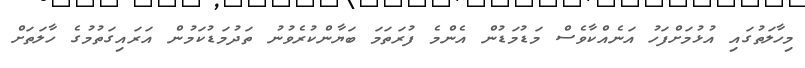
މިހާލަތުގައި އުޅުމަށްފަހު އަނެއްކާވެސް މަޑުމަޑުން އެންމެ ފުރަތަމަ ބަޔާންކުރެވުނު ތަދުމަޑުކަމުން އަރައިގަތުމުގެ ހާލަތަށް